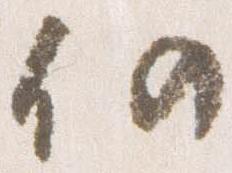
仍